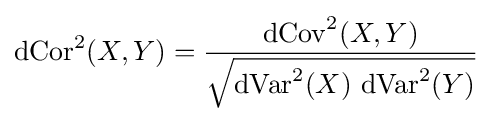
\operatorname {dCor} ^{2}(X,Y)={\frac {\operatorname {dCov} ^{2}(X,Y)}{\sqrt {\operatorname {dVar} ^{2}(X)\,\operatorname {dVar} ^{2}(Y)}}}